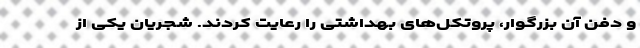
و دفن آن بزرگوار، پروتکل‌های بهداشتی را رعایت کردند. شجریان یکی از